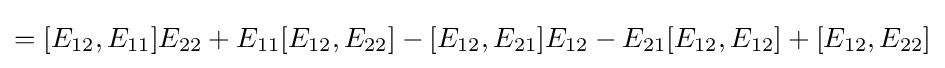
=[E_{12},E_{11}]E_{22}+E_{11}[E_{12},E_{22}]-[E_{12},E_{21}]E_{12}-E_{21}[E_{12},E_{12}]+[E_{12},E_{22}]